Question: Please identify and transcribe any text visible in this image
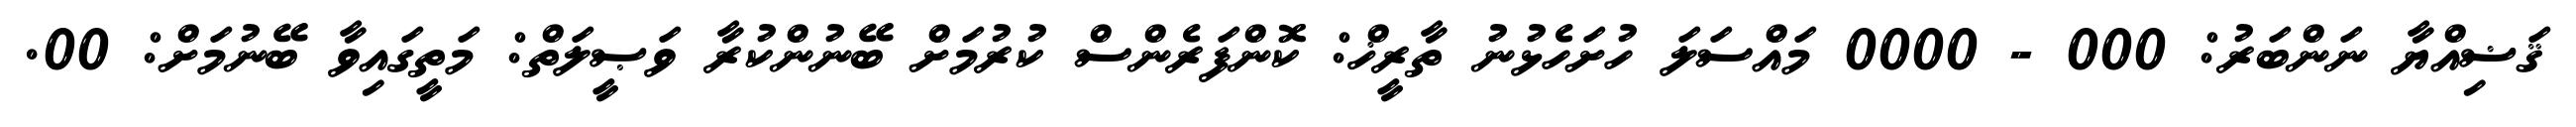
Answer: ޤަޟިއްޔާ ނަންބަރު: 000 - 0000 މައްސަލަ ހުށަހެޅުނު ތާރީޚް: ކޮންފަރެންސް ކުރުމަށް ބޭނުންކުރާ ވަޞީލަތް: މަތީގައިވާ ބޭނުމަށް: 00.